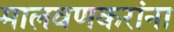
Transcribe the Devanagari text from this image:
मालवणकरांना